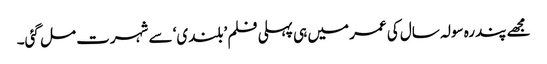
مجھے پندرہ سولہ سال کی عمر میں ہی پہلی فلم ’بلندی‘ سے شہرت مل گئی۔